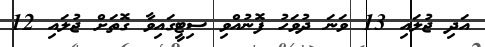
އަދި ޖުލައި 13 ވަނަ ދުވަހު ފޮނުއްވި ސިޓީގައިވާ ގޮތަށް ޖުލައި 12